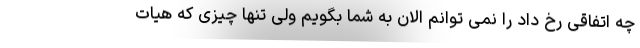
چه اتفاقی رخ داد را نمی توانم الان به شما بگویم ولی تنها چیزی که هیات